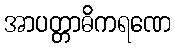
အာပတ္တာဓိကရဏေ